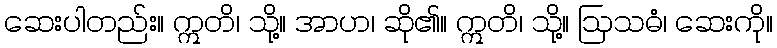
ဆေးပါတည်း။ ဣတိ၊ သို့။ အာဟ၊ ဆို၏။ ဣတိ၊ သို့။ ဩသဓံ၊ ဆေးကို။